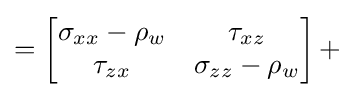
=\left[{\begin{matrix}\sigma _{xx}-\rho _{w}&\tau _{xz}\\\tau _{zx}&\sigma _{zz}-\rho _{w}\\\end{matrix}}\right]+